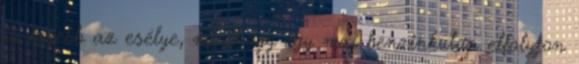
is kisebb az esélye, minthogy egy mai benzinkúton elfolyjon